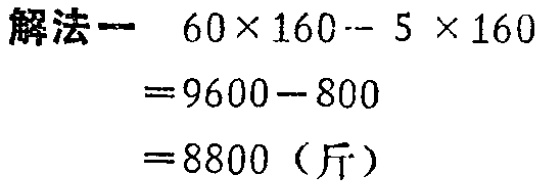
解法一
\[
\begin{align*}
&60\times160 - 5\times160\\
=&9600 - 800\\
=&8800 (\text{斤})
\end{align*}
\]